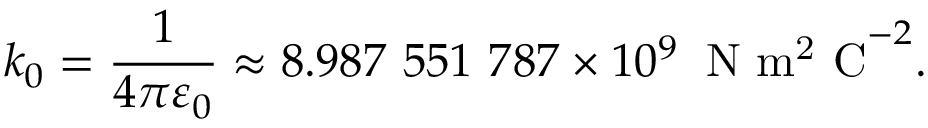
k _ { 0 } = { \frac { 1 } { 4 \pi \varepsilon _ { 0 } } } \approx 8 . 9 8 7 \ 5 5 1 \ 7 8 7 \times 1 0 ^ { 9 } \; \; \mathrm { N \ m ^ { 2 } \ C } ^ { - 2 } .